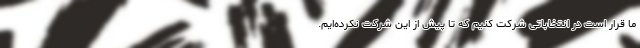
ما قرار است در انتخاباتی شرکت کنیم که تا پیش از این شرکت نکرده‌ایم.